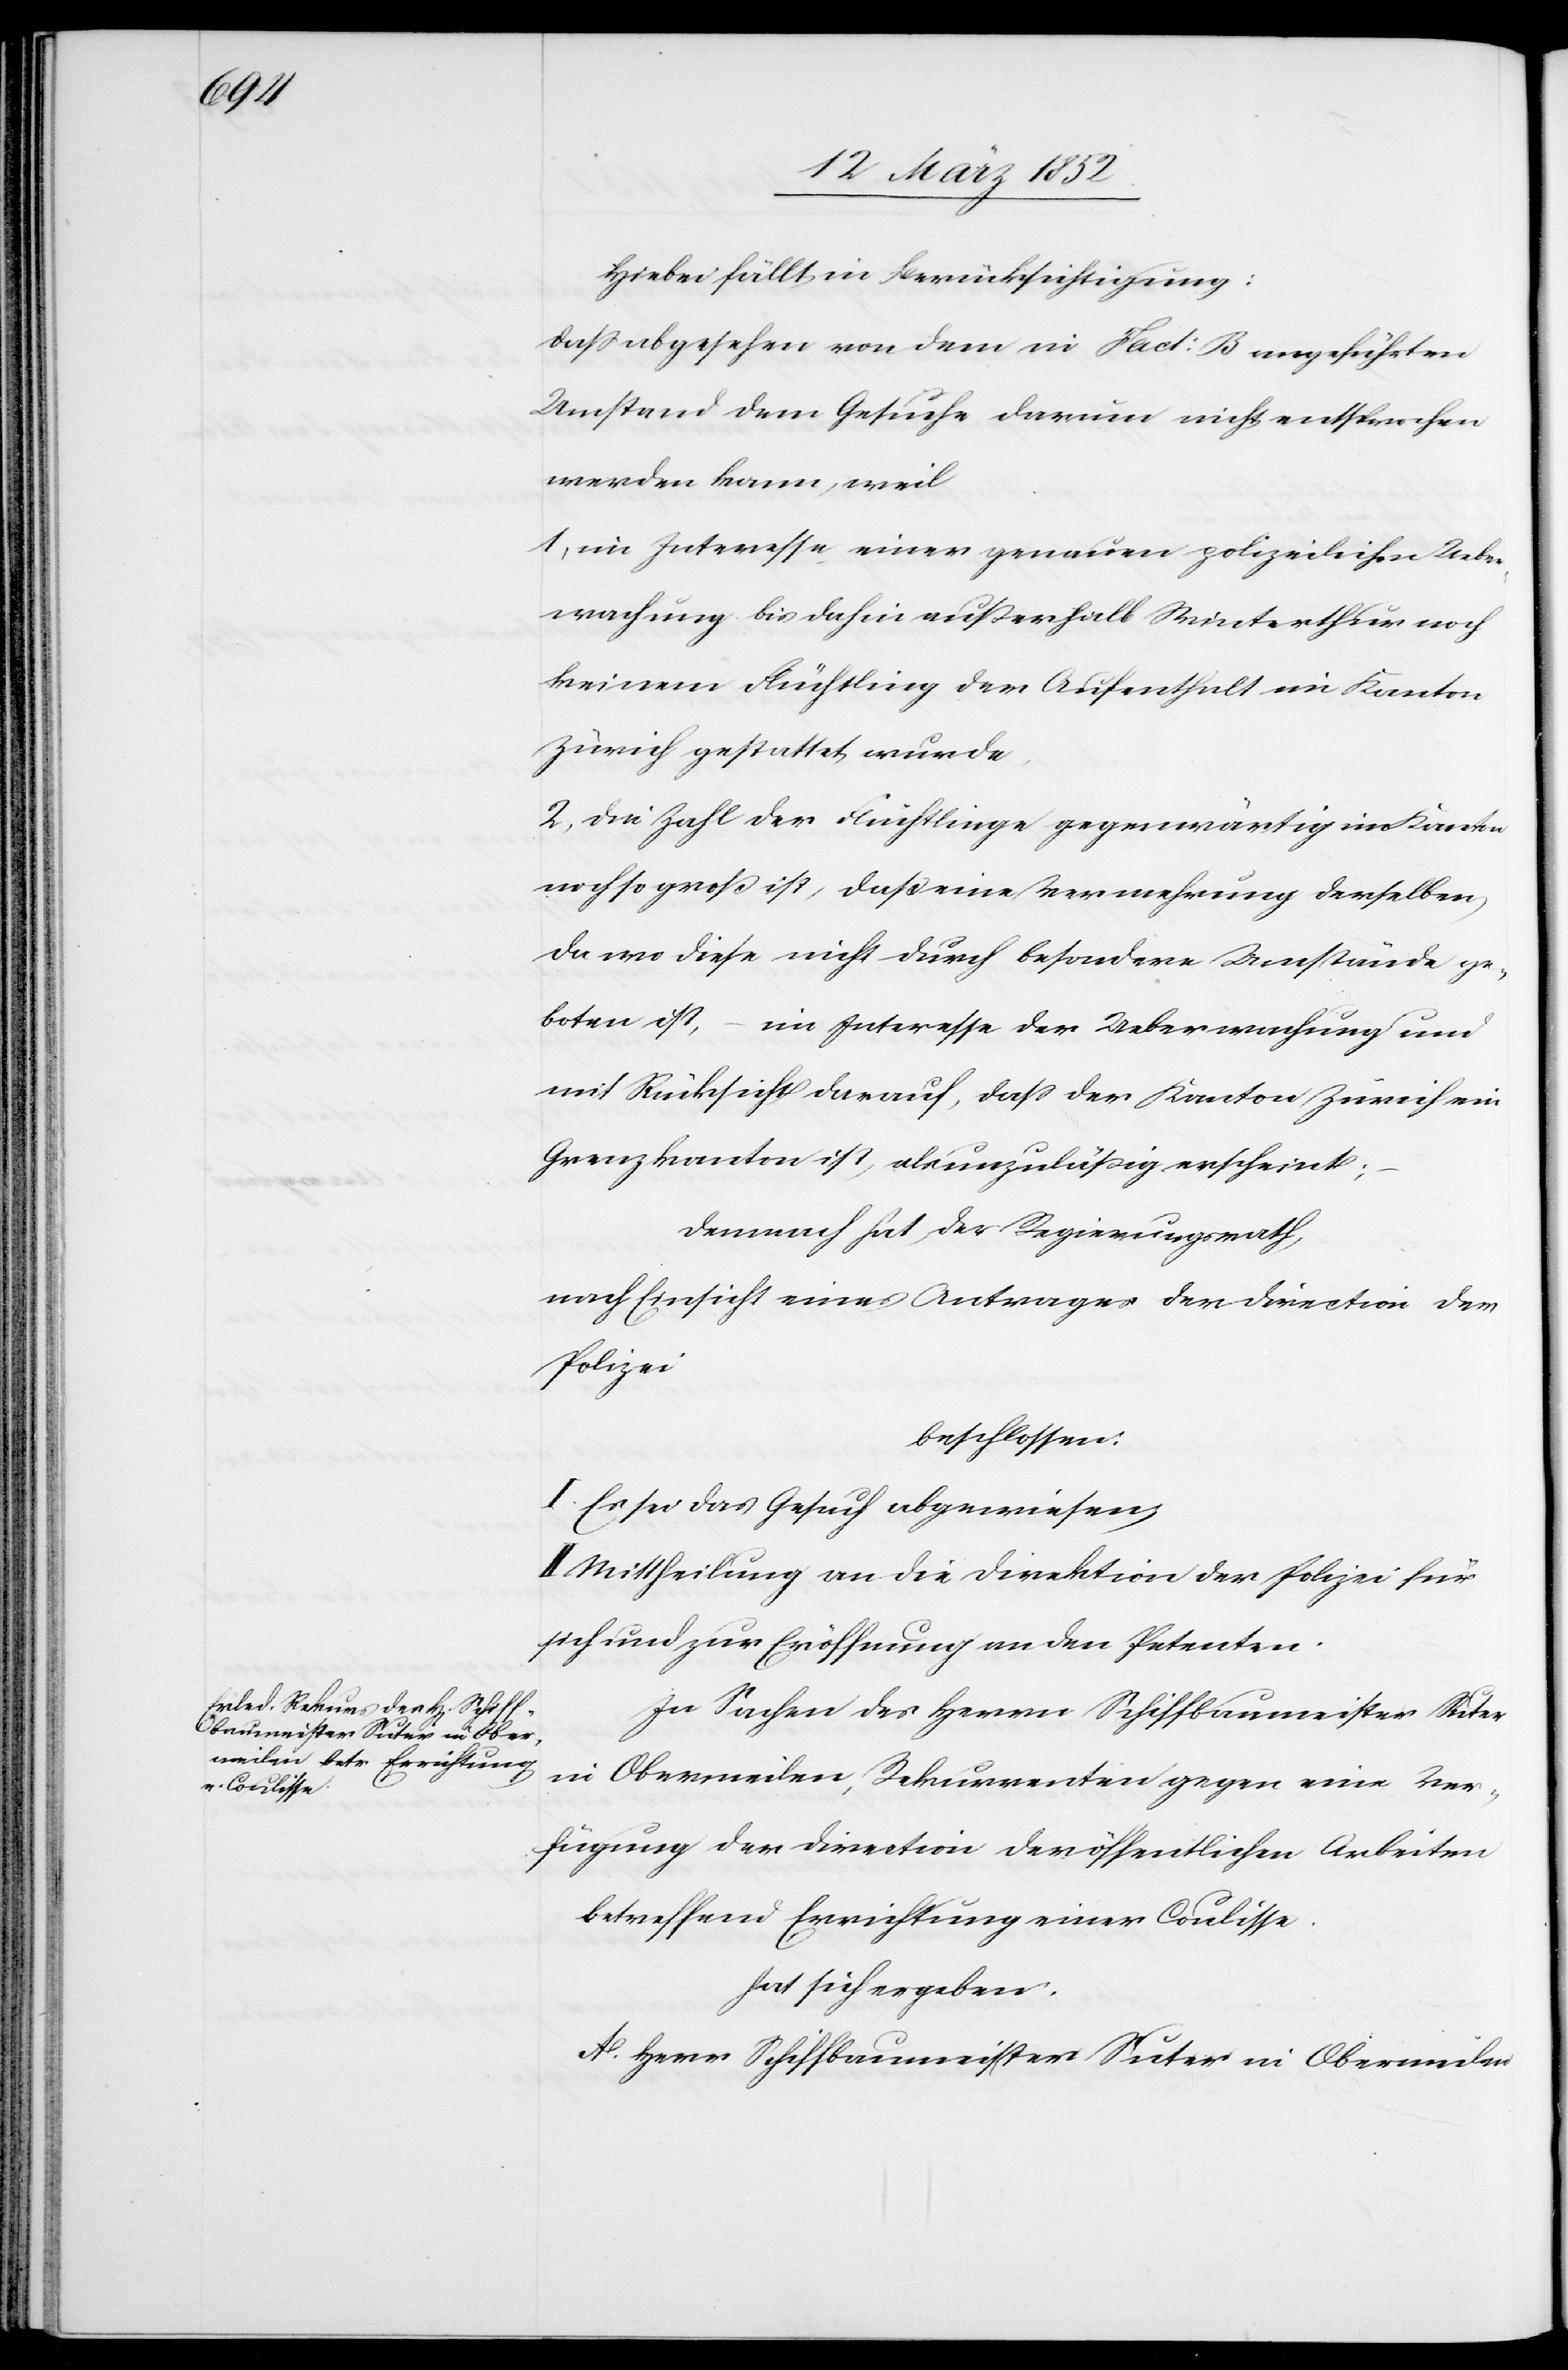
Hiebei fällt in Berücksichtigung:
Daß abgesehen von dem in Fact: B angeführten
Umstand dem Gesuche darum nicht entsprochen
werden kann, weil
1) im Interesse einer genauen polizeilichen Ueber¬
wachung bis dahin außerhalb Winterthur noch
keinem Flüchtling der Aufenthalt im Kanton
Zürich gestattet wurde.
2) die Zahl der Flüchtlinge gegenwärtig im Kanton
noch so groß ist, daß eine Vermehrung derselben,
da wo diese nicht durch besondere Umstände ge¬
boten ist, – im Interesse der Ueberwachung und
mit Rücksicht darauf, daß der Kanton Zürich ein
Grenzkanton ist, als unzuläßig erscheint;
Demnach hat der Regierungsrath,
nach Einsicht eines Antrages der Direction der
Polizei
beschlossen:
I. Es sei das Gesuch abgewiesen,
II. Mittheilung an die Direktion der Polizei für
sich und zur Eröffnung an den Petenten.
In Sachen des Herrn Schiffbaumeister Suter
in Obermeilen, Rekurrenten gegen eine Ver¬
fügung der Direction der öffentlichen Arbeiten
betreffend Errichtung einer Coulisse
hat sich ergeben.
A. Herr Schiffbaumeister Suter in Obermeilen